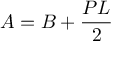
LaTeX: A = B + { \frac { P L } { 2 } }